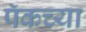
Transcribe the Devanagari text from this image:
पॅकच्या